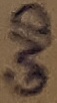
Text: GND